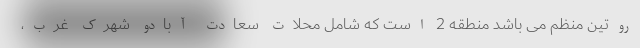
روتین منظم می باشد منطقه 2 است که شامل محلات سعادت آبادو شهرک غرب،